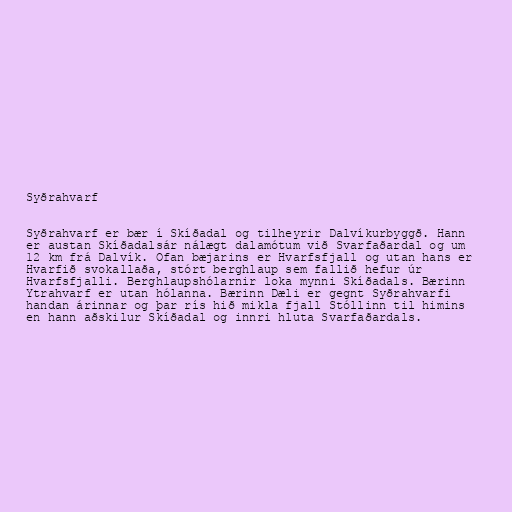
Syðrahvarf

Syðrahvarf er bær í Skíðadal og tilheyrir Dalvíkurbyggð. Hann
er austan Skíðadalsár nálægt dalamótum við Svarfaðardal og um
12 km frá Dalvík. Ofan bæjarins er Hvarfsfjall og utan hans er
Hvarfið svokallaða, stórt berghlaup sem fallið hefur úr
Hvarfsfjalli. Berghlaupshólarnir loka mynni Skíðadals. Bærinn
Ytrahvarf er utan hólanna. Bærinn Dæli er gegnt Syðrahvarfi
handan árinnar og þar rís hið mikla fjall Stóllinn til himins
en hann aðskilur Skíðadal og innri hluta Svarfaðardals.